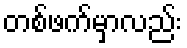
တစ်ဖက်မှာလည်း